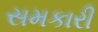
સમકારી